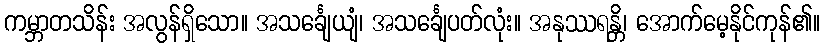
ကမ္ဘာတသိန်း အလွန်ရှိသော။ အသင်္ချေယျံ၊ အသင်္ချေပတ်လုံး။ အနုဿရန္တိ၊ အောက်မေ့နိုင်ကုန်၏။